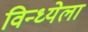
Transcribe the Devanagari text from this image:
विन्ध्येला